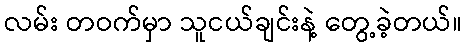
လမ်း တဝက်မှာ သူငယ်ချင်းနဲ့ တွေ့ခဲ့တယ်။